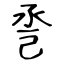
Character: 巹